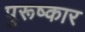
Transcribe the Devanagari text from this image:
पुरूष्कार